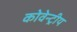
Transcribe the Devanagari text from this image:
कोवेन्ट्रीय